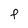
Character: F